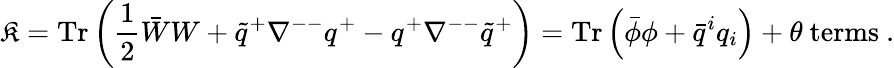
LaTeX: \mathfrak{K}=\mathrm{{Tr}}\left(\frac{{1}}{{2}}\bar{{W}}W+\tilde{{q}}^{+}\nabla^{--}q^{+}-q^{+}\nabla^{--}\tilde{{q}}^{+}\right)=\mathrm{{Tr}}\left(\bar{{\phi}}\phi+\bar{{q}}^{i}q_{i}\right)+\theta\ \mathrm{{terms}}\ .